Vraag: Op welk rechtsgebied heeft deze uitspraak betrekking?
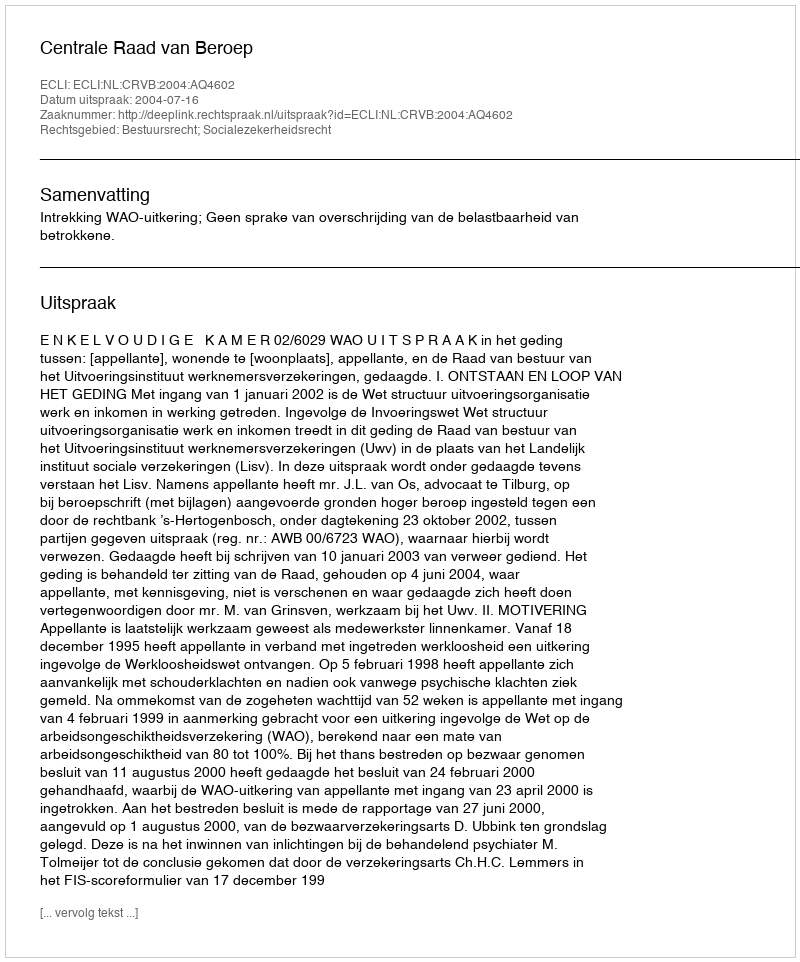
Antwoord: Bestuursrecht; Socialezekerheidsrecht